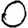
Digit: 0